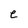
Character: e